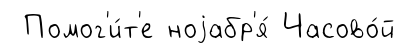
Помог'и́т'е ноjабр'я́ Часово́й